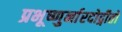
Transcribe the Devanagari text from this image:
प्रभूष्णुर्नारदोद्गीतो